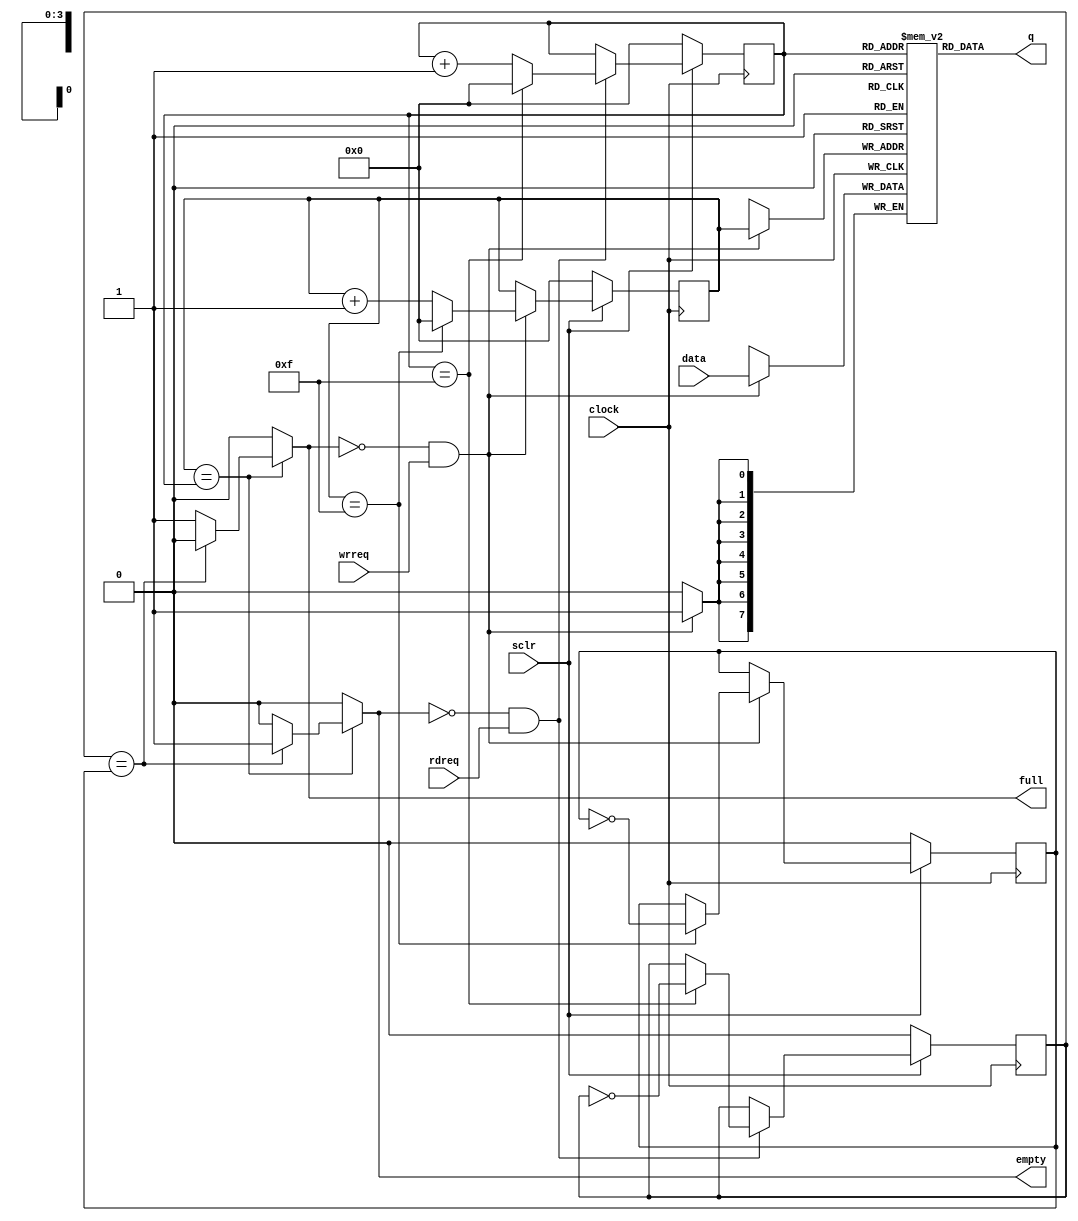
// This program was cloned from: https://github.com/flyjancy/CortexM0_SoC_Task
// License: MIT License



//it is just a normal FIFO
module FIFO(
    input clock,
    input sclr,

    input rdreq, wrreq,
    output reg full, empty,

    input [7 : 0] data,
    output [7 : 0] q

);

reg [7 : 0] mem [15 : 0];
reg [3 : 0] wp, rp;
reg w_flag, r_flag;

initial
begin
wp=0;
w_flag=0;
rp=0;
r_flag=0;
end


always @(posedge clock) begin
    if (~sclr) begin
        wp <= 0;
        w_flag <= 0;
    end else if(!full && wrreq) begin 
        wp<= (wp==16-1) ? 0 : wp+1;
        w_flag <= (wp==16-1) ? ~w_flag : w_flag;
    end
end

always @(posedge clock) begin
    if(wrreq && !full)begin
        mem[wp] <= data;
    end
end

always @(posedge clock) begin
    if (~sclr) begin
        rp<=0;
        r_flag <= 0;
    end else if(!empty && rdreq) begin 
        rp<= (rp==16-1) ? 0 : rp+1;
        r_flag <= (rp==16-1) ? ~r_flag : r_flag;
    end
end

assign q = mem[rp];

always @(*) begin
    if(wp==rp)begin
        if(r_flag==w_flag)begin
            full <= 0;
            empty <= 1;
        end else begin
            full <= 1;
            empty <= 0;
        end
    end else begin
        full <= 0;
        empty <= 0;
    end
end



endmodule